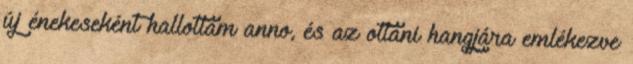
új énekeseként hallottam anno, és az ottani hangjára emlékezve